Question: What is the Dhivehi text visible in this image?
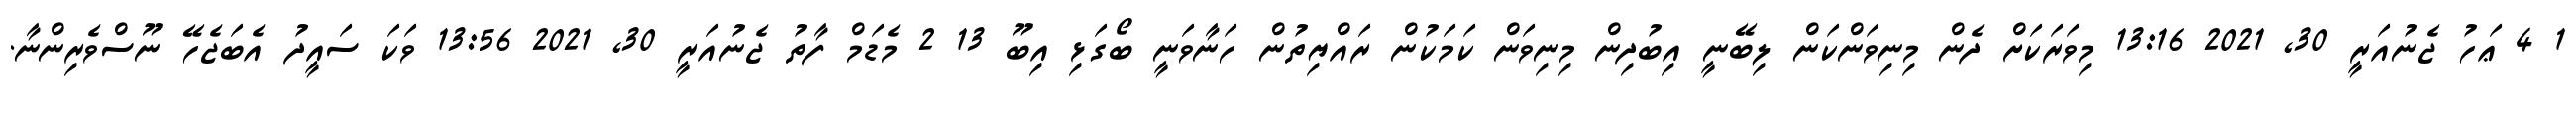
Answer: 1 4 ޢަހު ޖެނުއަރީ 30, 2021 13:16 މިވަރަކަށް ދެން މިނިވަންކަން ލިބޭނީ އިބުދިން މިނިވަން ކަމަކުން ރައްޔިތުން ހަނާވަނީ ބޯގަޅި އިބޫ 13 2 މެޑަމް ފާތު ޖެނުއަރީ 30, 2021 13:56 ވަކަ ސައީދު އެބަޖެހޭ ނޫސްވެރިންނާ.